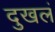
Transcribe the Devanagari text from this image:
दुखलं